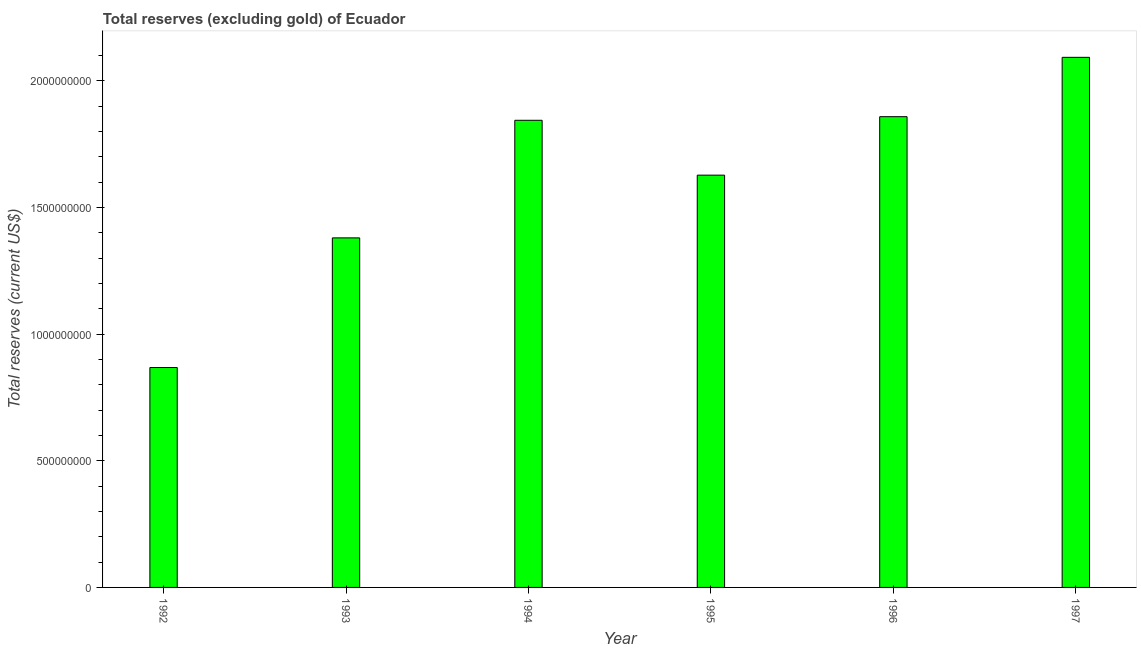
| Year | Total reserves minus gold (current US$) |
 | --- | --- |
 | 1992 | 8.68e+08 |
 | 1993 | 1.38e+09 |
 | 1994 | 1.84e+09 |
 | 1995 | 1.63e+09 |
 | 1996 | 1.86e+09 |
 | 1997 | 2.09e+09 |